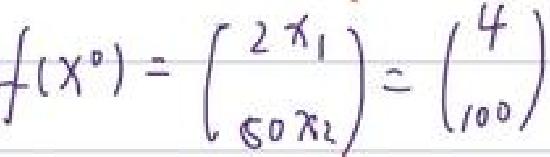
$f ( x ^ { 0 } ) = \begin{pmatrix} 2 x _ { 1 }  5 0 x _ { 2 } \end{pmatrix} = \begin{pmatrix} 4  1 0 0 \end{pmatrix}$